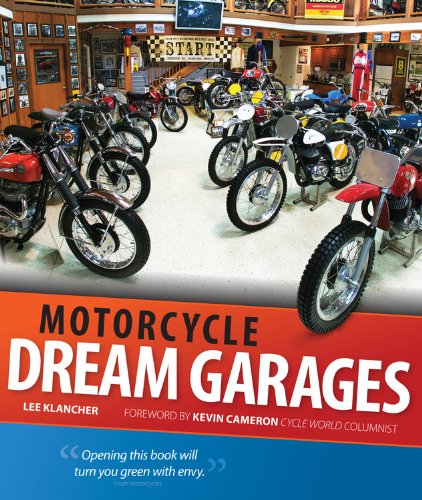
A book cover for Motorcycle Dream Garages; Lee Klancher; Arts & Photography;